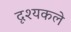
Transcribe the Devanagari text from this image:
दृश्यकले